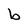
Character: b